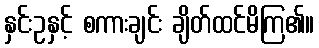
နှင်းဥနှင့် စကားချင်း ချိတ်ထင်မိကြ၏။